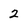
Character: 2